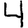
Digit: 4